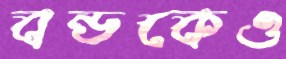
বন্ডকেও